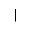
\mid